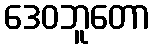
ဒေဝဘူတော